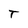
Character: T